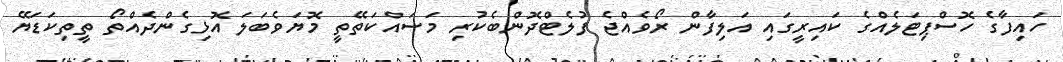
ހައިފާގެ ހޮސްޕިޓަލެއްގެ ކައިރީގައި އަލިފާން ރޯވެއްޖެ ފުލެޓްދޮންބެކުރި މަސައްކަތޭތީ މޮޔަވެބަލަ އޮޅިގެންދެއްތޯ ތީތިކަޑަޔޭ